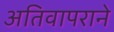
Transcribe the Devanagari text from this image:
अतिवापराने